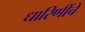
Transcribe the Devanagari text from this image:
धारिणींचे